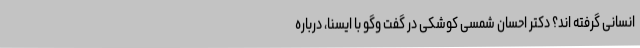
انسانی گرفته اند؟ دکتر احسان شمسی کوشکی در گفت وگو با ایسنا، درباره